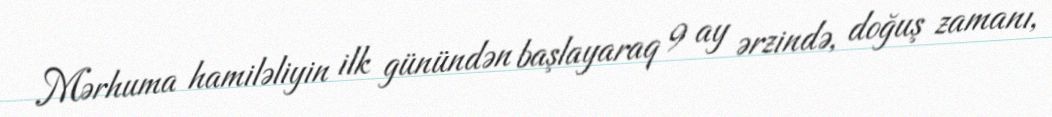
Mərhuma hamiləliyin ilk günündən başlayaraq 9 ay ərzində, doğuş zamanı,